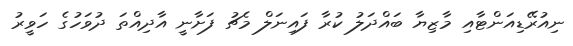
ނިއުރޭޑިއަންޓާއި މާޒިޔާ ބައްދަލު ކުރާ ފައިނަލް މެޗު ފަށާނީ އާދިއްތަ ދުވަހުގެ ހަވީރު